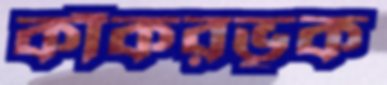
কাঁকরভূক